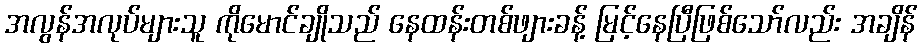
အလွန်အလုပ်များသူ ကိုမောင်ချိုသည် နေထန်းတစ်ဖျားခန့် မြင့်နေပြီဖြစ်သော်လည်း အချိန်